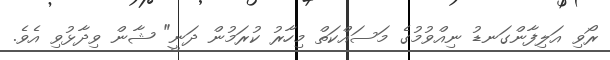
ރޯވި އަލިފާންގަނޑު ނިއްވުމުގެ މަސައްކަތް މިހާރު ކުރަމުން ދަނީ" ޝާން ވިދާޅުވި އެވެ.